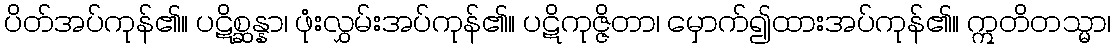
ပိတ်အပ်ကုန်၏။ ပဋိစ္ဆန္နာ၊ ဖုံးလွှမ်းအပ်ကုန်၏။ ပဋိကုဇ္ဇိတာ၊ မှောက်၍ထားအပ်ကုန်၏။ ဣတိတသ္မာ၊